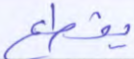
بقطع